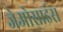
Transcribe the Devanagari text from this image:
जेओसाइंस